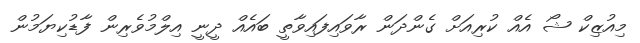
މިއުޒިކް ޝޯ އެއް ކުރިއަށް ގެންދަން ރާވައިފައިވާތީ ބައެއް ދީނީ އިލްމުވެރިން ފާޑުކިޔަމުން